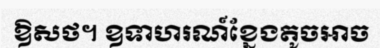
ឱសថ។ ឧទាហរណ៍ខ្នែងតូចអាច